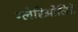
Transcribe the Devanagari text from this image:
ग्लेरिओलिडे